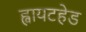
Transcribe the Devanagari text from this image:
ह्वायटहेड